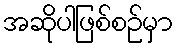
အဆိုပါဖြစ်စဉ်မှာ